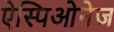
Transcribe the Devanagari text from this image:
ऐस्पिओनेज